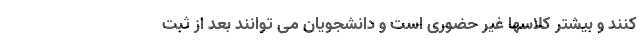
کنند و بیشتر کلاسها غیر حضوری است و دانشجویان می توانند بعد از ثبت